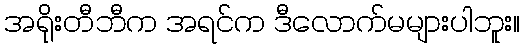
အရိုးတီဘီက အရင်က ဒီလောက်မများပါဘူး။